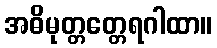
အဓိမုတ္တတ္တေရဂါထာ။